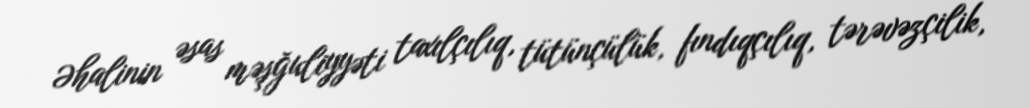
Əhalinin əsas məşğuliyyəti taxılçılıq, tütünçülük, fındıqçılıq, tərəvəzçilik,